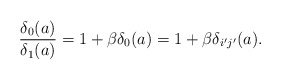
\begin{align*}\frac{\delta_{0}(a)}{\delta_{1}(a)}=1+\beta\delta_{0}(a)=1+\beta\delta_{i'j'}(a).\end{align*}